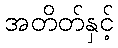
အတိတ်နှင့်